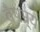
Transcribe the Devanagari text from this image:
वैषम्र्य